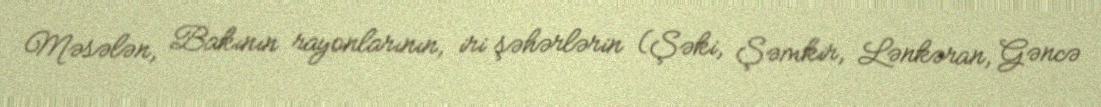
Məsələn, Bakının rayonlarının, iri şəhərlərin (Şəki, Şəmkir, Lənkəran, Gəncə